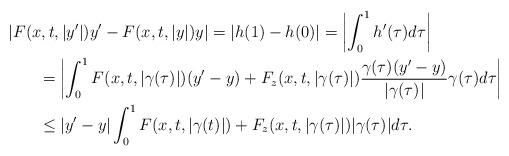
LaTeX: \begin{align*}&\left|F(x,t,|y'|)y'- F(x,t,|y|)y\right|= |h(1)-h(0)| =\left|\int_0^1 h'(\tau) d\tau\right|\\ &\qquad=\left|\int_0^1 F(x,t,|\gamma(\tau)|)(y'-y) + F_z(x,t,|\gamma(\tau)|)\frac{\gamma(\tau)(y'-y)}{|\gamma(\tau)|}\gamma(\tau) d\tau \right|\\&\qquad\le |y'-y|\int_0^1 F(x,t,|\gamma(t)|) + F_z(x,t, |\gamma(\tau)|)|\gamma(\tau)| d\tau.\end{align*}